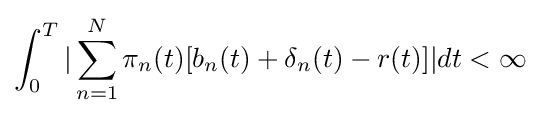
\int _{0}^{T}|\sum _{n=1}^{N}\pi _{n}(t)[b_{n}(t)+\mathbf {\delta } _{n}(t)-r(t)]|dt<\infty